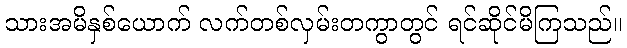
သားအမိနှစ်ယောက် လက်တစ်လှမ်းတကွာတွင် ရင်ဆိုင်မိကြသည်။